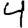
Digit: 4